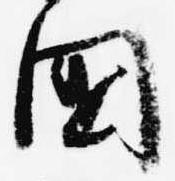
国